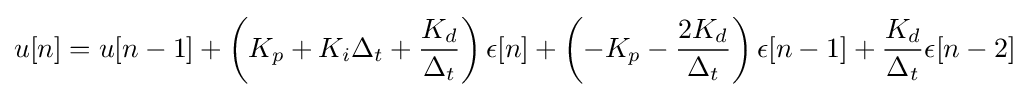
u[n]=u[n-1]+\left(K_{p}+K_{i}\Delta _{t}+{\dfrac {K_{d}}{\Delta _{t}}}\right)\epsilon [n]+\left(-K_{p}-{\dfrac {2K_{d}}{\Delta _{t}}}\right)\epsilon [n-1]+{\dfrac {K_{d}}{\Delta _{t}}}\epsilon [n-2]